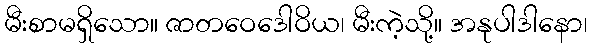
မီးစာမရှိသော။ ဇာတဝေဒေါဝိယ၊ မီးကဲ့သို့။ အနုပါဒါနော၊